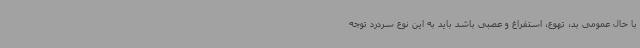
با حال عمومی بد، تهوع، استفراغ و عصبی باشد باید به این نوع سردرد توجه